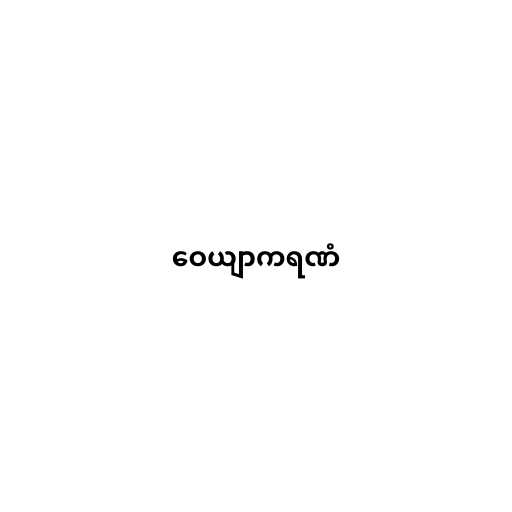
ဝေယျာကရဏံ